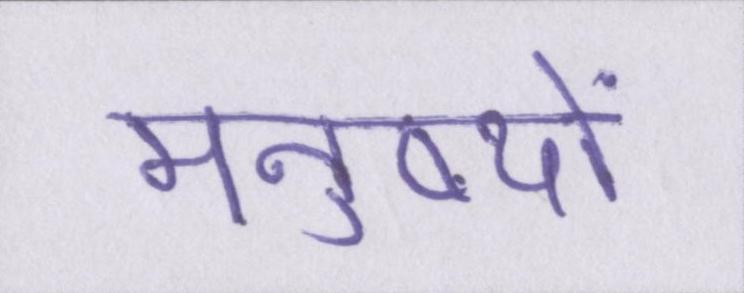
मनुष्यों